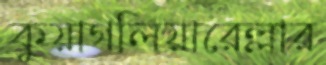
কুয়াগলিয়ারেল্লার